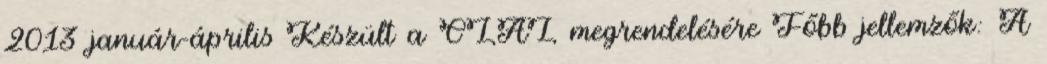
2013 január-április Készült a CLAL megrendelésére Főbb jellemzők: A